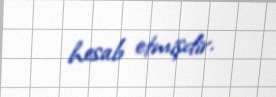
hesab etmişdir.